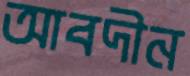
আবদীন